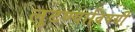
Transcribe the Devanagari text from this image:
लुटण्याविषयी